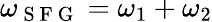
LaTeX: \omega_{\mathrm{~S~F~G~}}=\omega_{1}+\omega_{2}